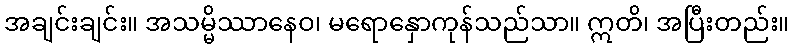
အချင်းချင်း။ အသမ္မိဿာနေဝ၊ မရောနှောကုန်သည်သာ။ ဣတိ၊ အပြီးတည်း။